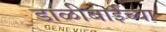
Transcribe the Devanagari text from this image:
डाळीबाईच्या